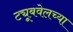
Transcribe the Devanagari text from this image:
ट्यूबवेलच्या